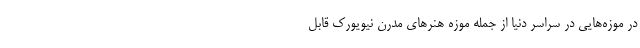
در موزه‌هایی در سراسر دنیا از جمله موزه هنر‌های مدرن نیویورک قابل